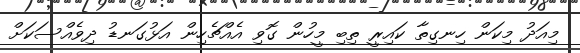
މިއަދު މިކަން ހިނގިތާ ކައިރީ ތިބި މީހުން ގޮވި އެއްޗެހިން އަޅުގަނޑު ދިވެއްސަކަށް